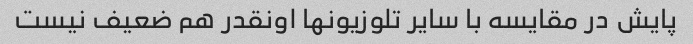
پایش در مقایسه با سایر تلوزیونها اونقدر هم ضعیف نیست